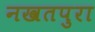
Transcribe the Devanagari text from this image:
नखतपुरा